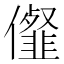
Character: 㒠